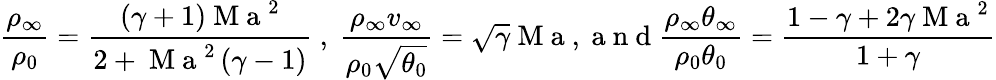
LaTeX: \frac{\rho_{\infty}}{\rho_{0}}=\frac{(\gamma+1)\mathrm{~M~a~}^{2}}{2+\mathrm{~M~a~}^{2}\left(\gamma-1\right)}\mathrm{~,~}\frac{\rho_{\infty}v_{\infty}}{\rho_{0}\sqrt{\theta_{0}}}=\sqrt{\gamma}\mathrm{~M~a~,~a~n~d~}\frac{\rho_{\infty}\theta_{\infty}}{\rho_{0}\theta_{0}}=\frac{1-\gamma+2\gamma\mathrm{~M~a~}^{2}}{1+\gamma}